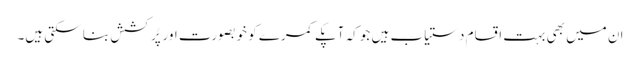
ان میں بھی بہت اقسام دستیاب ہیں جو کہ آپکے کمرے کو خوبصورت اور پُرکشش بنا سکتی ہیں۔